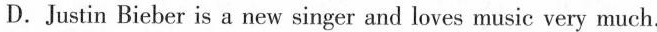
D. Justin Bieber is a new singer and loves music very much.